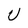
Character: U